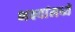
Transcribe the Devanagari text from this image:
भक्ष्यांमध्ये